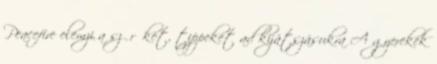
Peacefire elemzi a szűrőket, tippeket ad kijátszásukra A gyerekek